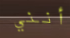
أنني